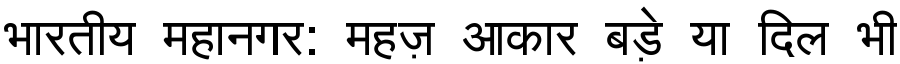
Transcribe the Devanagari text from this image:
भारतीय महानगर: महज़ आकार बड़े या दिल भी